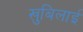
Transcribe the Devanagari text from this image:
खुबिलाई